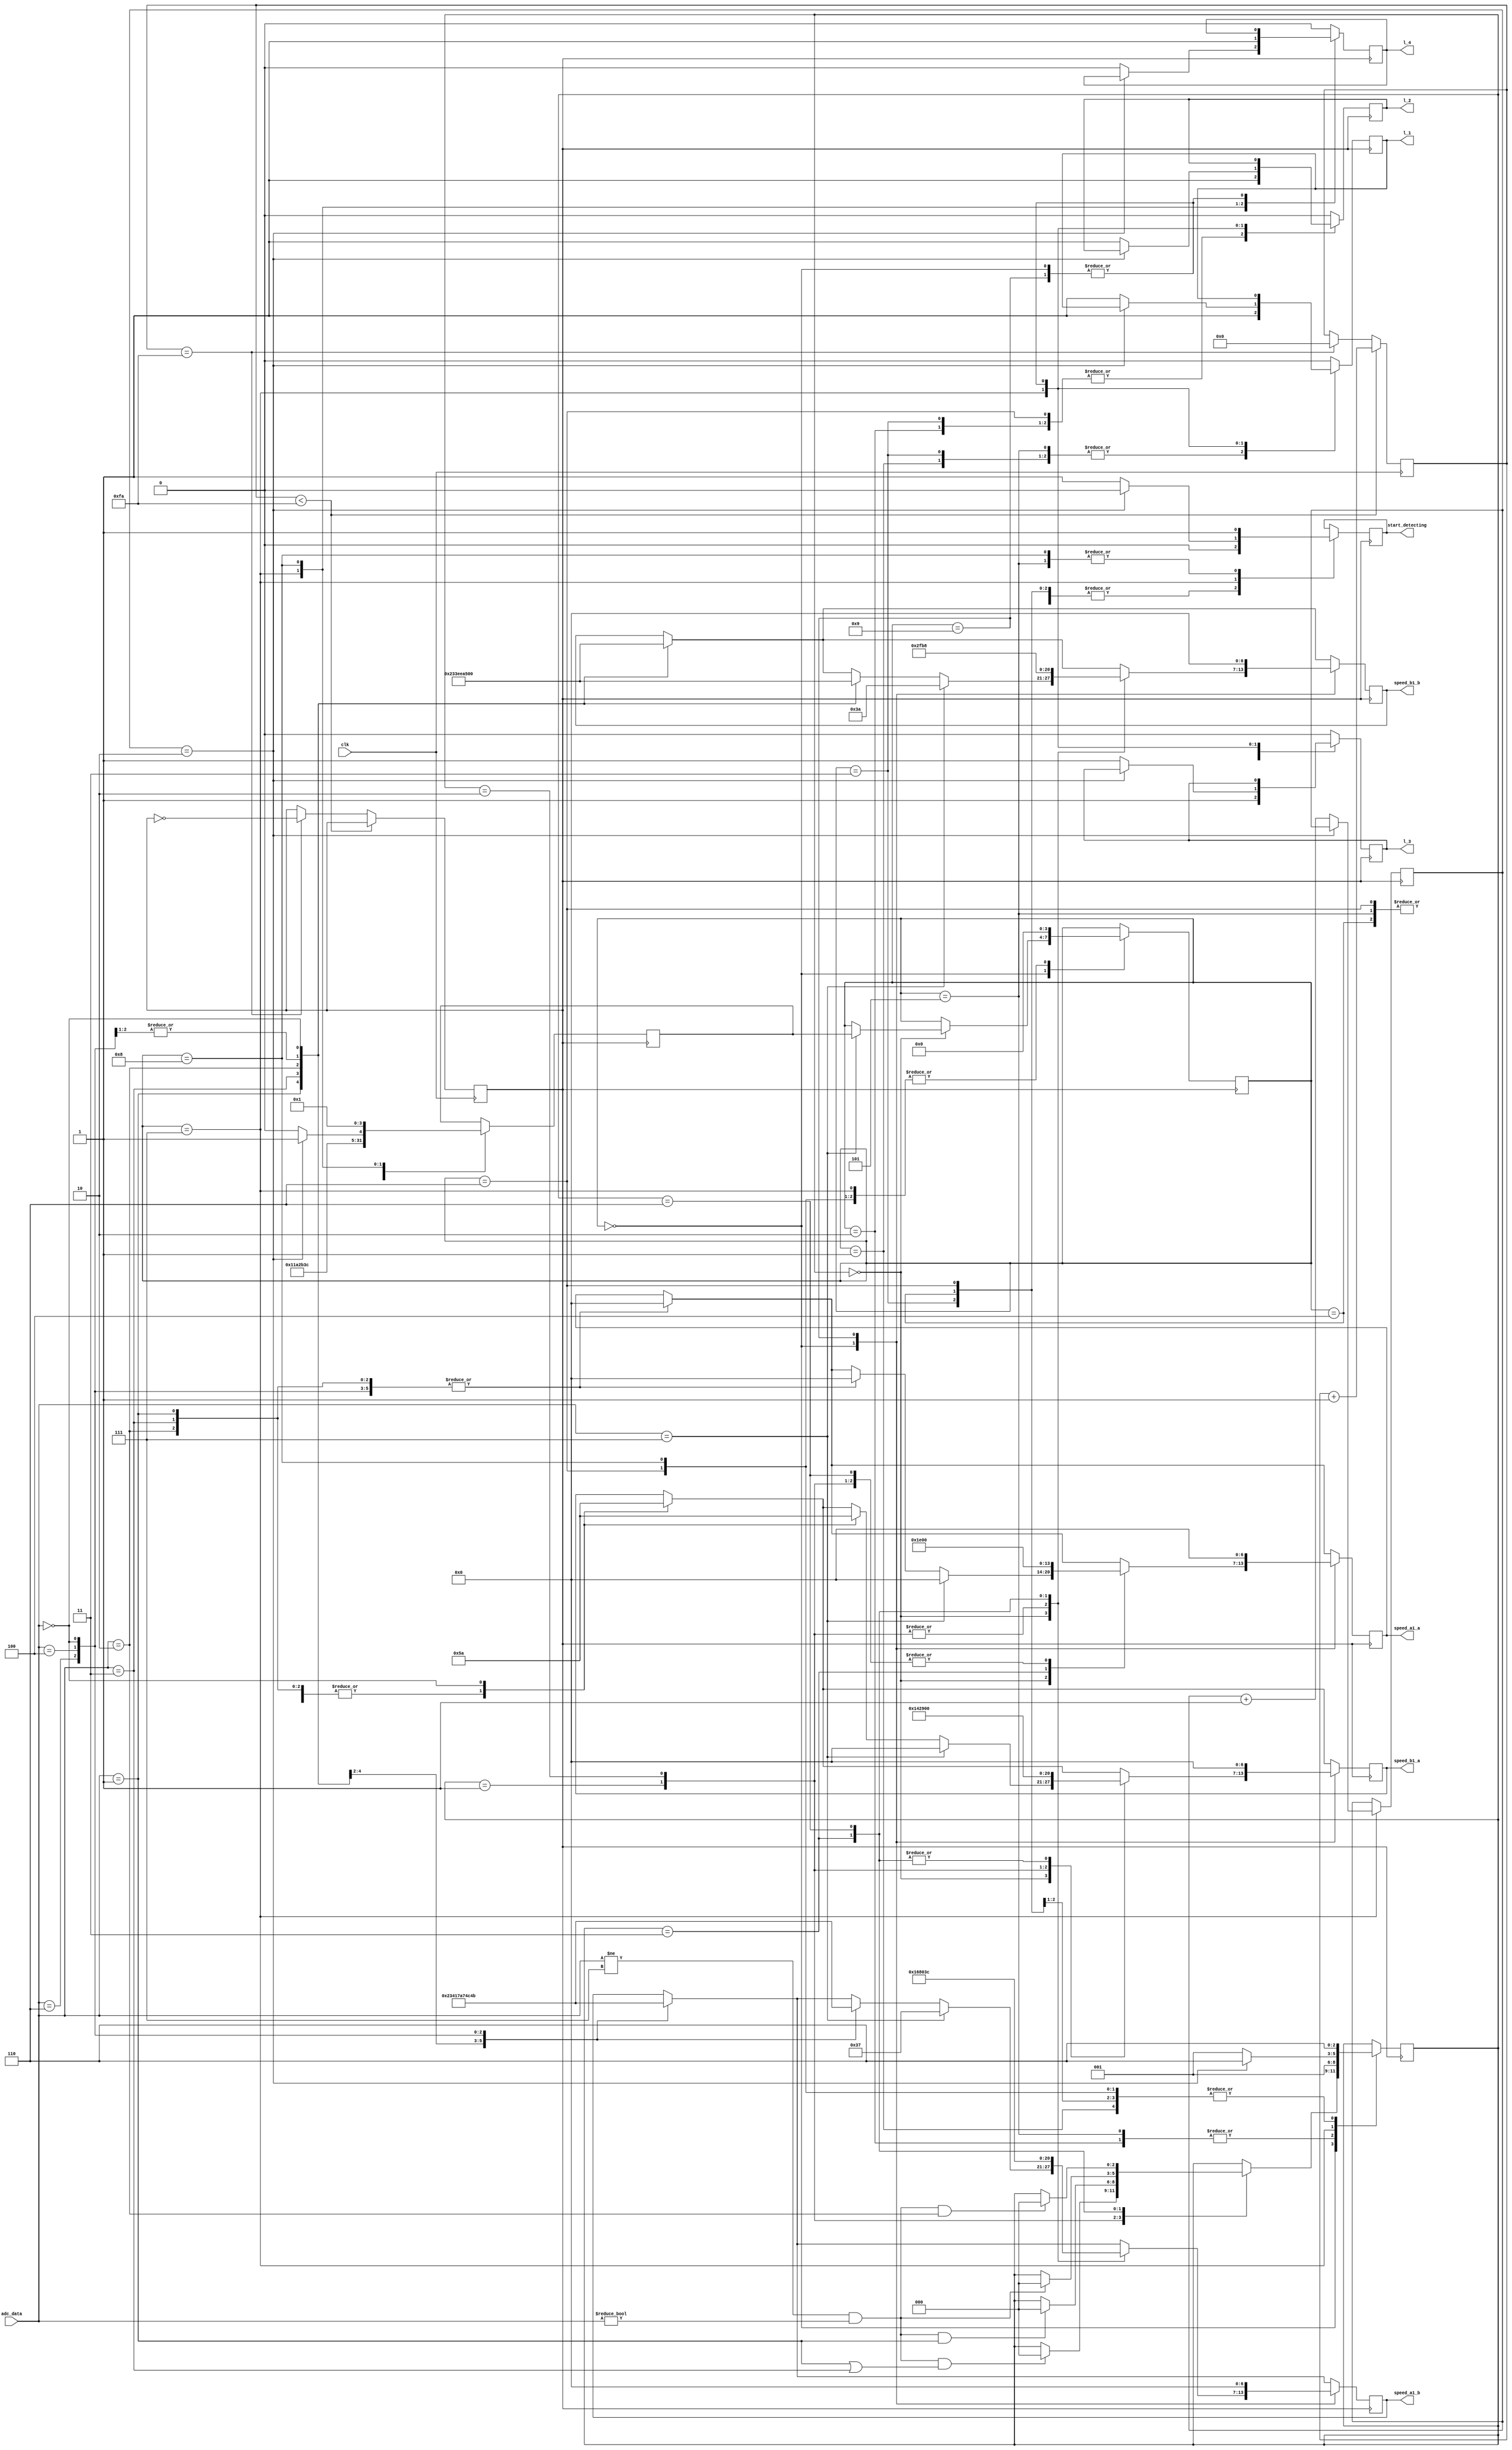
module control_bot(
	input clk,
	input [2:0] adc_data,
	output [6:0] speed_a1_a , // speed of right motor 
	output [6:0] speed_b1_a , // speed of right motor
	output [6:0] speed_a1_b , // speed of left motor
	output [6:0] speed_b1_b,  // speed of left motor
	
	//*****************************************
	output l_1,
	output l_2,
	output l_3,
	output l_4,
	
	output start_detecting
	
	//*****************************************
);

//********************************************
	reg r_l_1 = 0; 
	reg r_l_2 = 0;
	reg r_l_3 = 0;
	reg r_l_4 = 0;
	
	assign l_1 = r_l_1;
	assign l_2 = r_l_2;
	assign l_3 = r_l_3;
	assign l_4 = r_l_4;	
//********************************************




// varialbles for speed
	reg [6:0] r_speed_a1_a ; // speed of right motor 
	reg [6:0] r_speed_a1_b = 0 ; // speed of right motor
	reg [6:0] r_speed_b1_a = 0 ; // speed of left motor
	reg [6:0] r_speed_b1_b = 0 ; // speed of left mot
	
	// for nodes 4 bits regs
	reg c_d = 1;
	reg [5:0] counter = 1;
	reg [3:0] current_node = wait_for_node;  // to indicate current node 
	reg [3:0] next_node =node_1 ;  // to indicate next node	 		
	
	//for actions and processes			
	reg [2:0] action_to_take = follow_line ;  // 3 bit  to hold the actions(turns) to take		
		
	// defining states to use in the state macine logic
	parameter wait_for_node = 4'b0000;
	parameter node_1 = 4'b0001;
	parameter node_2 = 4'b0010;
	parameter node_3 = 4'b0011;
	parameter node_4 = 4'b0100;
	parameter node_5 = 4'b0101; 
	parameter node_6 = 4'b0110;
	parameter node_7 = 4'b0111;
	parameter node_8 = 4'b1000;
	parameter node_0 = 4'b1001;
	
	//--------------node_condition------------------
	
	parameter	follow_line = 3'b000;
	parameter	turn_R = 3'b001;
	parameter	turn_L = 3'b011;
	parameter	go_st = 3'b110;
	parameter	turn_Node_R = 3'b010;
	
	// defining tasks for line following and turning ---------------------------------------------------------------------------------------
 	task line_follow ();  // this is used to follow line
	begin
		// adac_data is 3 bit bus and the bits represent the sensors itself. '1' means line detected '0' otherwise
		case (adc_data)
							// MSB is left_sensor and LSB is right_sensor
			3'b001 :
			begin
				r_speed_a1_a = 0;
				r_speed_b1_a = 0; 
				r_speed_a1_b = 70;//79
				r_speed_b1_b = 35
				;//34
			end
			
			//------------------right_turn-------------------
			3'b011 :
			begin
				r_speed_a1_a = 0; 
				r_speed_b1_a = 0; 
				r_speed_a1_b = 65;//79
				r_speed_b1_b = 31;//39
			end
			//-----------------straight--------------------
			3'b010 :
			begin	
				r_speed_a1_a = 0; 
				r_speed_b1_a = 0; 
				r_speed_a1_b = 60.5;//62.5
				r_speed_b1_b = 57.5;//58.5
			end

			//-----------------left_turn----------------
			3'b110 :
			begin
				r_speed_a1_a = 0; 
				r_speed_b1_a = 0; 
				r_speed_a1_b = 29;
				r_speed_b1_b = 74;
			end
			//-------------------left_arc-----------
			3'b100 :
			begin
				r_speed_a1_a = 0; 
				r_speed_b1_a = 0; 
				r_speed_a1_b = 24;
				r_speed_b1_b = 74;
		   end
			
			3'b000 :
			begin
				r_speed_a1_a = 0; 
				r_speed_b1_a = 90; 
				r_speed_a1_b = 75;
				r_speed_b1_b = 0;
			end
		endcase
	end
	endtask
	
	task turn_right ();  // to turn right
		begin
		r_speed_a1_a = 0;
		r_speed_b1_a = 80;//65
		r_speed_a1_b = 90;//75
		r_speed_b1_b = 0; 
		end
	endtask
	
	task turn_n_right ();  // to turn right
		begin
		r_speed_a1_a = 0;
		r_speed_b1_a = 82;//65
		r_speed_a1_b = 90;//75
		r_speed_b1_b = 0; 
		end
	endtask
	
	task turn_left (); // to turn left
		begin
		r_speed_a1_a = 60;
		r_speed_b1_a = 0;
		r_speed_a1_b = 0;
		r_speed_b1_b = 95; 
		end
	endtask
	
	
	task go_straight (); // to go straight speed should be as low as possible
		begin
		r_speed_a1_a = 0;
		r_speed_b1_a = 0;
		r_speed_a1_b = 60;
		r_speed_b1_b = 56;
		end
	endtask
	
	//-----------------clock_scaling---------------------------------
	
	reg clk_o =0;
	reg [20:0] count;
	reg [31:0] n;
	
	initial
	begin
		count =1 ;
		n =500;
		clk_o =0;
	end
	
	
	always @ (posedge clk)
	begin
		if (count < (n/2))
		begin
			count = count +1;
		end
		
		else if (count == (n/2))
		begin
			count = 0;
			clk_o = ~clk_o;
		end
	end
 /////////////////////////////////////////////////////////////////// 
 
	//********************Main Function*************
	always @ (posedge clk_o)
	begin
	
	line_follow();
		case(current_node)
		
		wait_for_node:
		begin
			case(action_to_take)
					
				follow_line:
					begin
						line_follow();
						if( adc_data == 3'b111)	
						begin
					
							r_speed_a1_a = 0; 
							r_speed_b1_a = 0; 
							r_speed_a1_b = 55;
							r_speed_b1_b = 58;
							current_node =  next_node;
						end
					end
					
					turn_R:
					begin
						turn_right();
						if (adc_data != 3'b111 &  adc_data != 3'b000 & (adc_data == 3'b001||adc_data == 3'b011)) action_to_take = follow_line;
					end
					
					turn_Node_R:
					begin
						turn_n_right();
						if (adc_data != 3'b111 &  adc_data != 3'b000 &  adc_data == 3'b001) action_to_take = follow_line;
					end
					
					
					turn_L:
					begin
						turn_left();
						if (adc_data != 3'b111 &  adc_data != 3'b000) action_to_take = follow_line;
					end

					go_st:
					begin
						go_straight();
						if (adc_data != 3'b111 &  adc_data != 3'b000 &  (adc_data == 3'b010)) action_to_take = follow_line;
					end
				endcase
			end
		   
		node_1:
		begin
			c_d = 0;
			next_node = node_2;
			action_to_take = go_st;
			current_node = wait_for_node;
			//**********************************
			r_l_1 = 1; 
			r_l_2 = 0;
			r_l_3 = 0;
			r_l_4 = 0;
			//**********************************
			
		end
		
		node_2:
		begin
			c_d = 0;
			next_node = node_3;
			action_to_take = turn_R;
			current_node = wait_for_node;
			//**********************************
			r_l_1 = 0; 
			r_l_2 = 1;
			r_l_3 = 0;
			r_l_4 = 0;
			//**********************************
		end
		
		node_3:
		begin
			c_d = 0;
			next_node = node_4;
			action_to_take = go_st;
			current_node = wait_for_node;
			//**********************************
			r_l_1 = 1; 
			r_l_2 = 1;
			r_l_3 = 0;
			r_l_4 = 0;
			//**********************************
			
		end
			
		node_4:
		begin
			c_d = 0;
			next_node = node_5;
			action_to_take = go_st;
			current_node = wait_for_node;
			//**********************************
			r_l_1 = 0; 
			r_l_2 = 0;
			r_l_3 = 1;
			r_l_4 = 0;
			//**********************************
			
		end
			
		node_5:
		begin
			c_d = 1;
			next_node = node_6;
			action_to_take = turn_R;
			current_node = wait_for_node;
			//**********************************
			r_l_1 = 1; 
			r_l_2 = 0;
			r_l_3 = 1;
			r_l_4 = 0;
			//**********************************
		   
		end
			
		node_6:
		begin
			c_d = 0;
			next_node = node_7;
			action_to_take = go_st;
			current_node = wait_for_node;
			//**********************************
			r_l_1 = 0; 
			r_l_2 = 1;
			r_l_3 = 1;
			r_l_4 = 0;
			//**********************************
			
		end
		
		node_7:
		begin
		
			if (counter == 2)
			begin
				c_d = 0;
				next_node = node_0;
				action_to_take = go_st;
				current_node = wait_for_node;
			
			end
			else
			begin
				c_d = 1;
				counter = counter + 1;
				next_node = node_8;
				action_to_take = turn_R;
				current_node = wait_for_node;
			//**********************************
				r_l_1 = 1; 
				r_l_2 = 1;
				r_l_3 = 1;
				r_l_4 = 0;
			//**********************************
				
			end
		end
				
		node_8:
		begin
				c_d = 1;
				next_node = node_1;
				action_to_take = go_st;
				current_node = wait_for_node;
			//**********************************
				r_l_1 = 0; 
				r_l_2 = 0;
				r_l_3 = 0;
				r_l_4 = 1;
			//**********************************
				
    	end
		
			
	   node_0:
		begin
			r_speed_a1_a = 0;
			r_speed_b1_a = 0;
			r_speed_a1_b = 0;
			r_speed_b1_b = 0;
		end
		
		default:
		begin
			r_l_1 = 0; 
			r_l_2 = 0;
			r_l_3 = 0;
			r_l_4 = 0;
		end
		endcase
	end
	
	//assigning output
	
	assign start_detecting = c_d;
	assign speed_a1_a =  r_speed_a1_a ; 
	assign speed_a1_b =  r_speed_a1_b ;
	assign speed_b1_a =  r_speed_b1_a ; 
	assign speed_b1_b =  r_speed_b1_b ;
	
endmodule